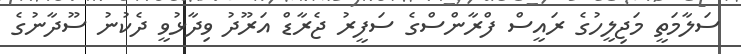
ސަލާމަތީ މަޖިލީހުގެ ރައީސް ފްރާންސްގެ ސަފީރު ޖެރާޑް އަރޫދު ވިދާޅުވީ ދެކުނު ސޫދާނުގެ